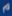
"